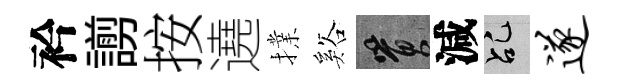
衿謭按遶擈谿篔減乩遂